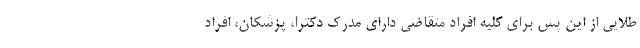
طلایی از این پس برای کلیه افراد متقاضی دارای مدرک دکترا، پزشکان، افراد